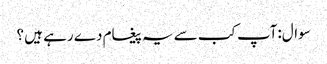
سوال:آپ کب سے یہ پیغام دے رہے ہیں ؟